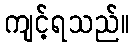
ကျင့်ရသည်။